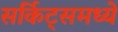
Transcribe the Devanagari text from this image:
सर्किट्समध्ये